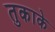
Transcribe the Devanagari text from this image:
तुकाके